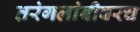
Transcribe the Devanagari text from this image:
तरंगलांबीवरच